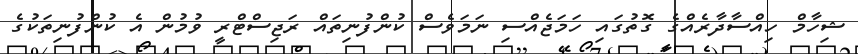
ޝިހާމް ހިއްސާދާރެއްގެ ގޮތުގައި ހަމަޖެއްސި ނަމަވެސް ކުންފުނިތައް ރަޖިސްޓްރީ ވުމުން އެ ކުންފުނިތަކުގެ